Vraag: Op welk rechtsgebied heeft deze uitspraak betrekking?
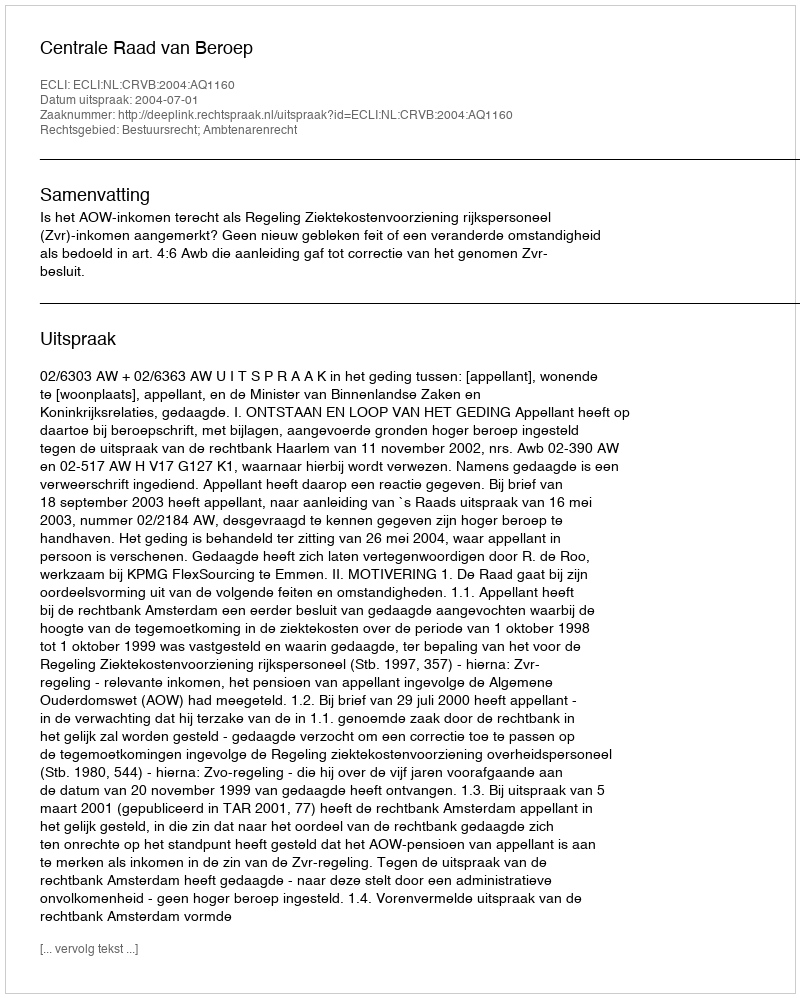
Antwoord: Bestuursrecht; Ambtenarenrecht